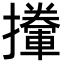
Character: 𢸏